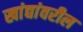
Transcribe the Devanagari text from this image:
खांद्यांवरील